Vaccine operations Central Provinces 1868-1885 - 1868-1885
Year: 1868
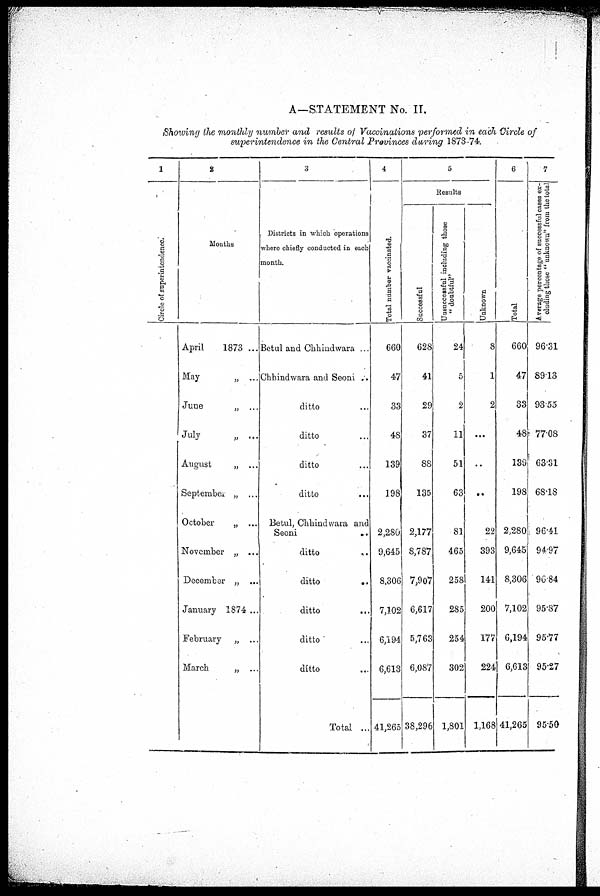
A—STATEMENT No. II.
Showing the monthly number and results of Vaccinations performed in each Circle of
superintendence in the Central Provinces during 1873-74.
1
Circle of superintendence.
2
Months
April
1873 ...
May
„ ...
June
„ ...
July
„ ...
August
„ ...
September „ ...
October
„ ...
November „ ...
December „ ...
January 1874 ...
February „ ...
March
„ ...
3
Districts in which operations
where chiefly conducted in each
month.
Betul and Chhindwara ...
Chhindwara and Seoni ..
ditto …
ditto …
ditto …
ditto …
Betul, Chhindwara and
Seoni
..
ditto
..
ditto
..
ditto …
ditto …
ditto …
Total ...
4
Total number vaccinated.
660
47
33
48
139
198
2,280
9,645
8,306
7,102
6,194
6,613
41,265
5
Results
Successful
628
41
29
37
88
135
2,177
8,787
7,907
6,617
5,763
6,087
38,296
Unsuccessful including those
"doubtful"
24
5
2
11
51
63
81
465
258
285
254
302
1,801
Unknown
8
1
2
…
…
…
22
393
141
200
177
224
1,168
6
Total
660
47
33
48
139
198
2,280
9,645
8,306
7,102
6,194
6,613
41,265
7
Average percentage of successful cases ex-
cluding those "unknown" from the total
96.31
89.13
93.55
77.08
63.31
68.18
96.41
94.97
96.84
95.87
95.77
95.27
95.50